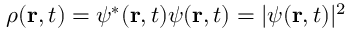
\rho ( \mathbf { r } , t ) = \psi ^ { * } ( \mathbf { r } , t ) \psi ( \mathbf { r } , t ) = | \psi ( \mathbf { r } , t ) | ^ { 2 }